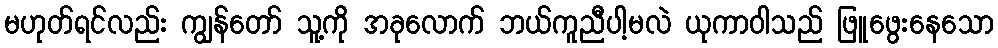
မဟုတ်ရင်လည်း ကျွန်တော် သူ့ကို အခုလောက် ဘယ်ကူညီပါ့မလဲ ယုကာဝါသည် ဖြူဖွေးနေသော